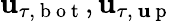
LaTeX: \mathbf{u}_{\tau,\mathrm{{~b~o~t~}}},\mathbf{u}_{\tau,\mathrm{{~\mathbf{u}~p~}}}